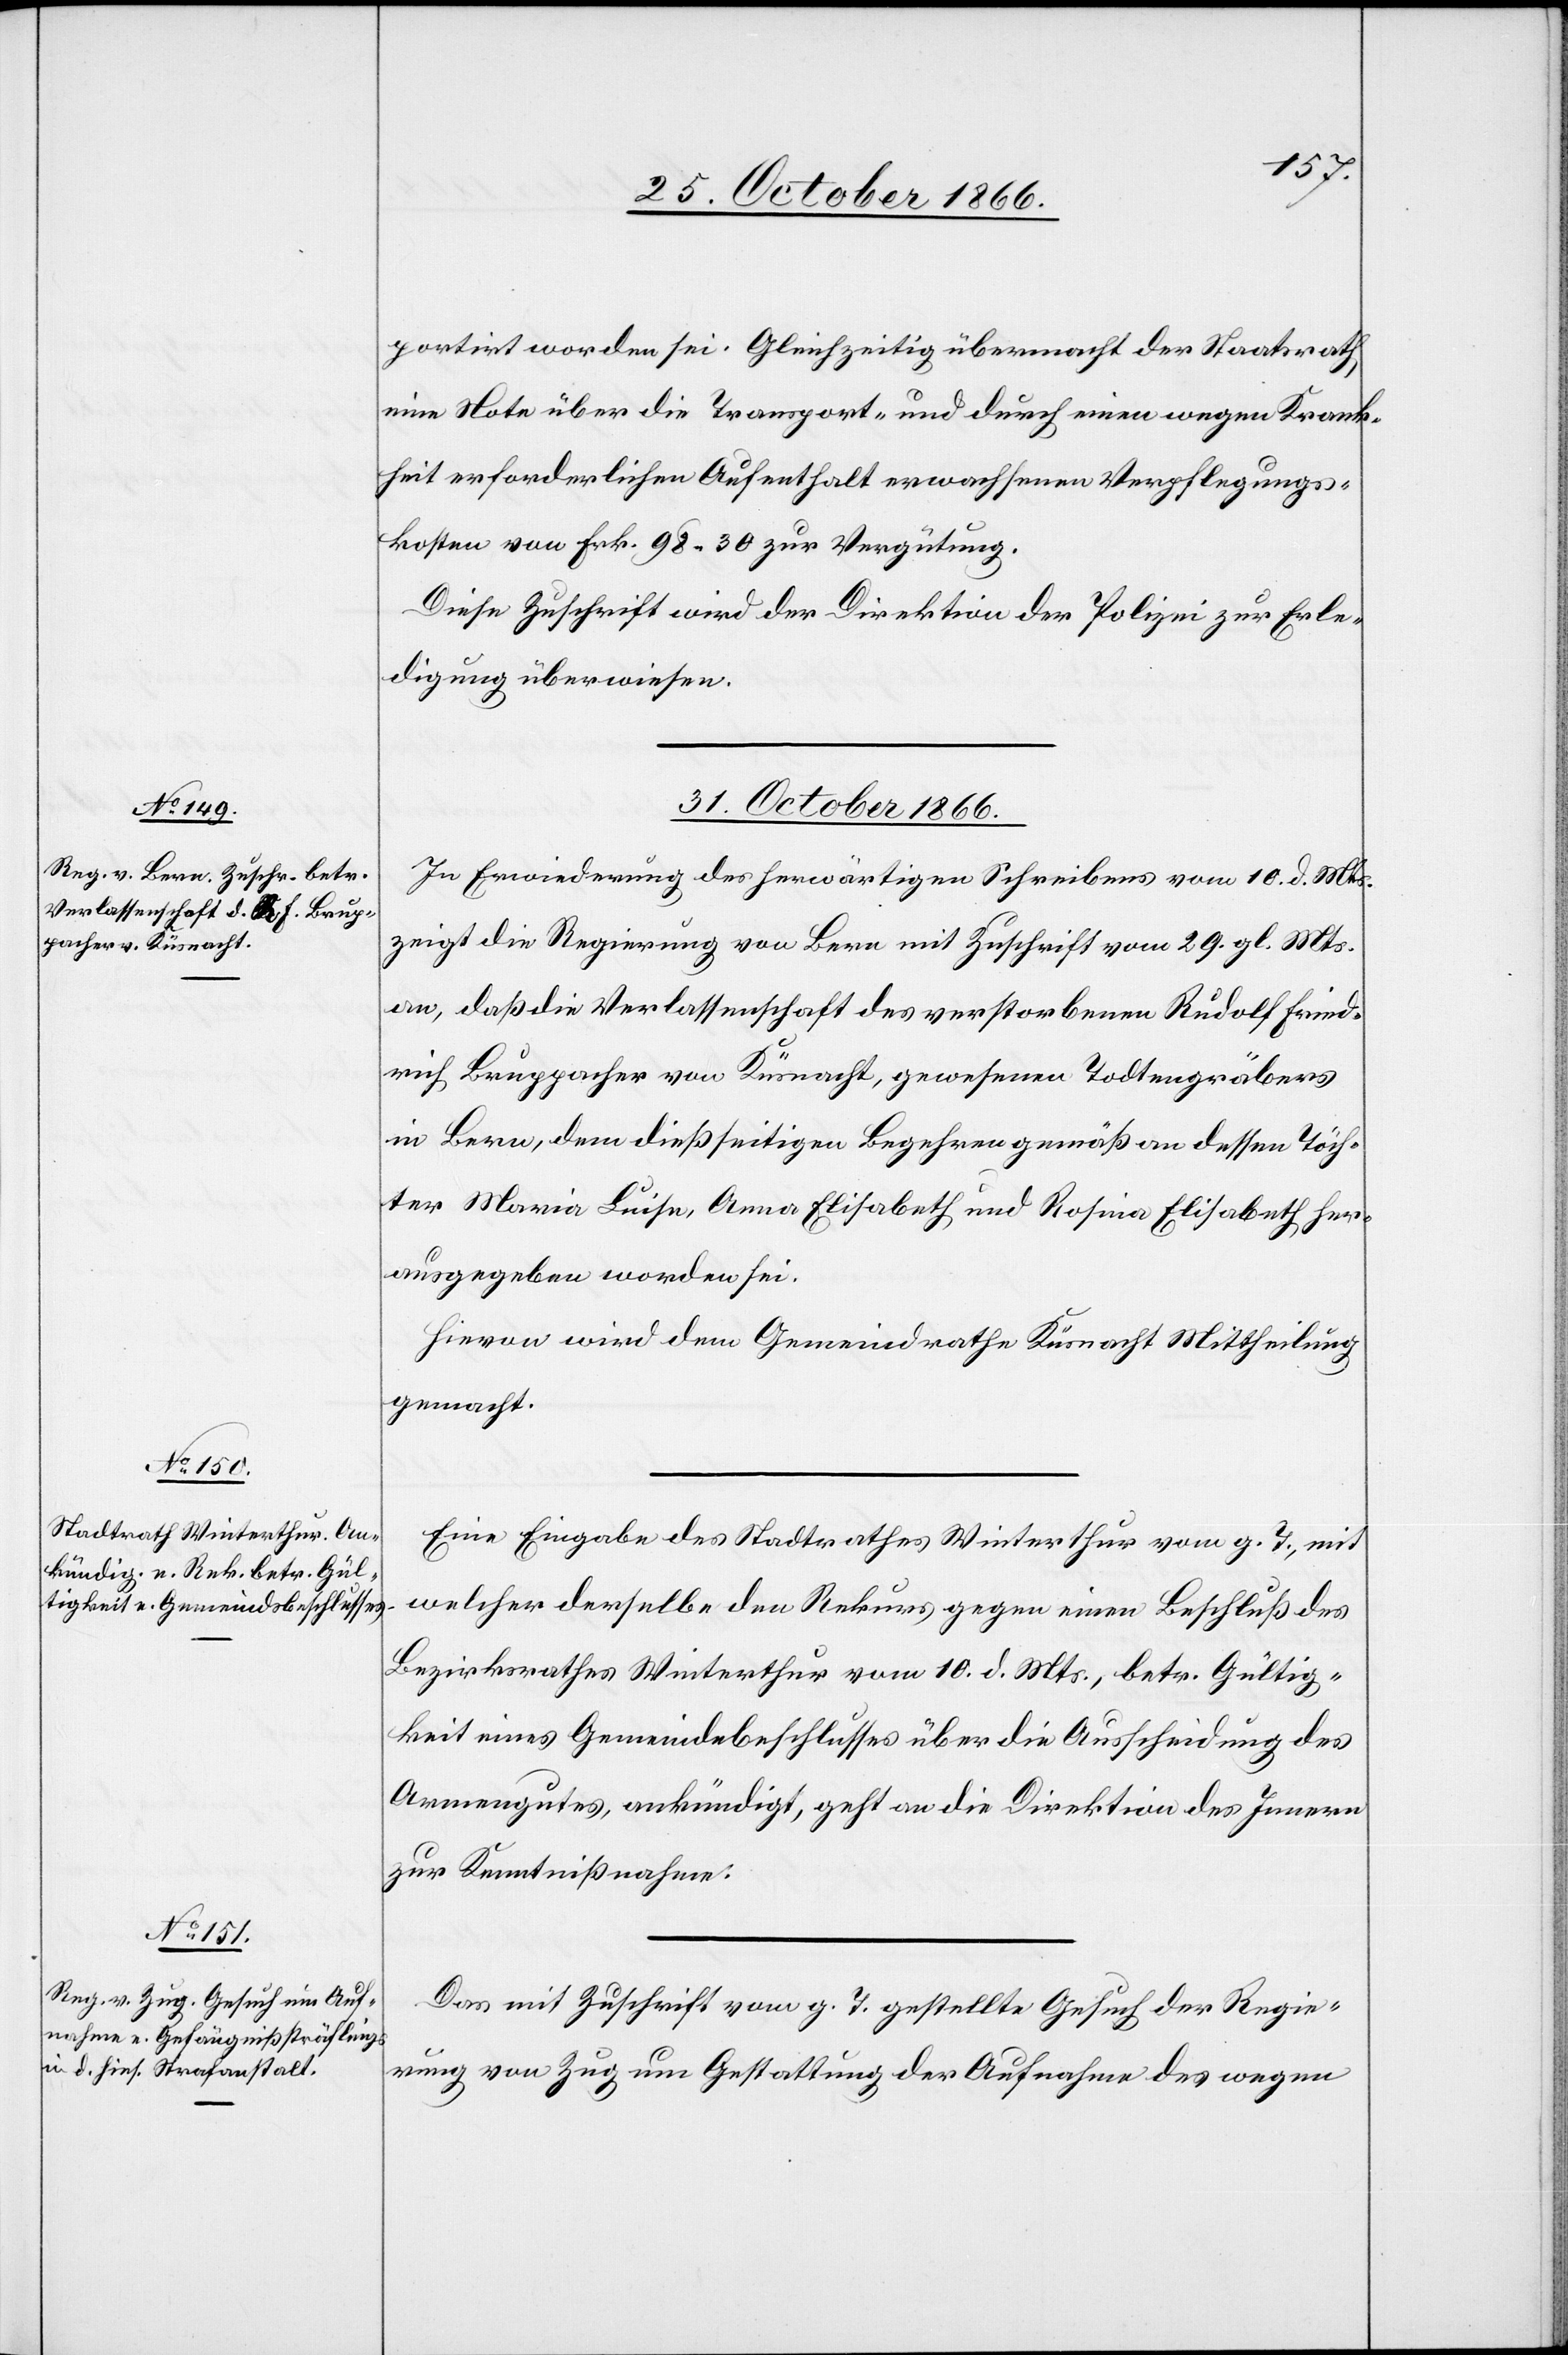
portirt worden sei. Gleichzeitig übermacht der Staatsrath
eine Note über die Transport- und durch einen wegen Krank¬
heit erforderlichen Aufenthalt erwachsenen Verpflegungs¬
kosten von Frk. 98.30 zur Vergütung.
Diese Zuschrift wird der Direktion der Polizei zur Erle¬
digung überwiesen.
31. October 1866.]
In Erwiederung des herwärtigen Schreibens vom 10. d. Mts.
zeigt die Regierung von Bern mit Zuschrift vom 29. gl. Mts.
an, daß die Verlassenschaft des verstorbenen Rudolf Fried¬
rich Bruppacher von Küsnacht, gewesenen Todtengräbers
in Bern, dem dießseitigen Begehren gemäß an dessen Töch¬
ter Maria Luise, Anna Elisabeth und Rosina Elisabeth her¬
ausgegeben worden sei.
Hievon wird dem Gemeindrathe Küsnacht Mittheilung
gemacht.
Eine Eingabe des Stadtrathes Winterthur vom g. T., mit
welcher derselbe den Rekurs gegen einen Beschluß des
Bezirksrathes Winterthur vom 10. d. Mts., betr. Gültig¬
keit eines Gemeindebeschlusses über die Ausscheidung des
Armengutes, ankündigt, geht an die Direktion des Innern
zur Kenntnißnahme.
Das mit Zuschrift vom g. T. gestellte Gesuch der Regie¬
rung von Zug um Gestattung der Aufnahme des wegen